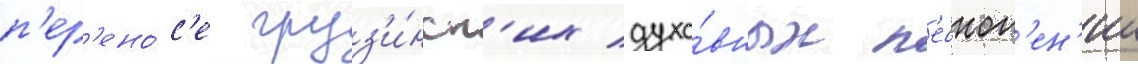
п'ер'ено́с'е груз'и́нск'их духо́вных п'есноп'ен'ии